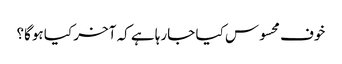
خوف محسوس کیا جارہا ہے کہ آخر کیا ہوگا؟